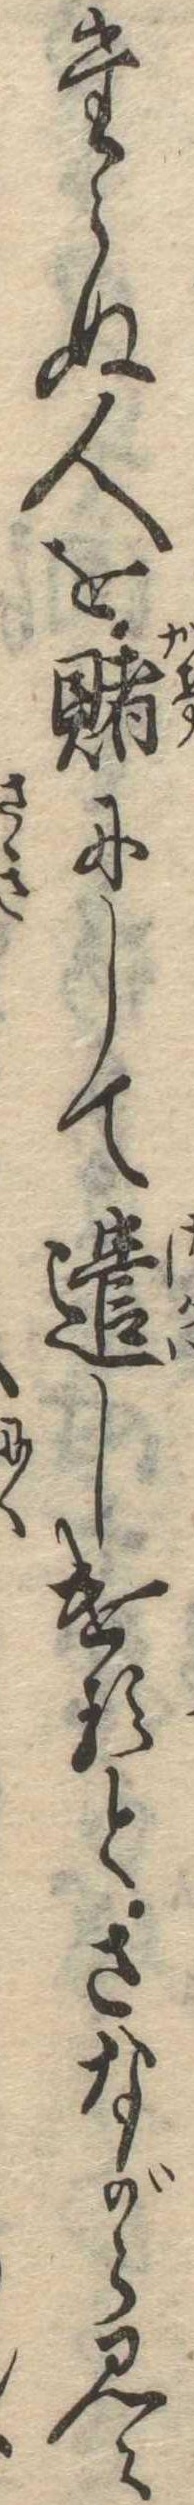
たらぬ人を賭にして遣しけるとさながら見え